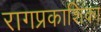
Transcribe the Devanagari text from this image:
रागप्रकाशिका